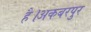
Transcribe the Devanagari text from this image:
है।अकबरपुर